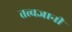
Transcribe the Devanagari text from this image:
तत्त्‍वज्ञानी